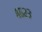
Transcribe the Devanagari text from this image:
४६२३